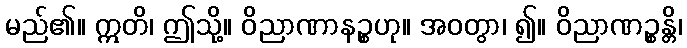
မည်၏။ ဣတိ၊ ဤသို့။ ဝိညာဏာနဉ္စဟု။ အဝတွာ၊ ၍။ ဝိညာဏဉ္စန္တိ၊